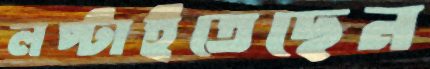
লপ্‌টাইতেছেন